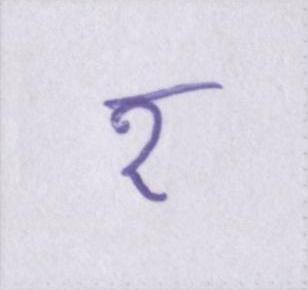
र